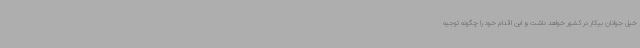
خیل جوانان بیکار در کشور خواهد داشت و این اقدام خود را چگونه توجیه